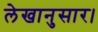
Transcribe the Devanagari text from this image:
लेखानुसार।